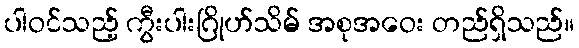
ပါဝင်သည့် ကွီးပါးဂြိုဟ်သိမ် အစုအဝေး တည်ရှိသည်။